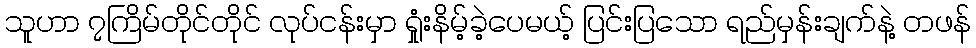
သူဟာ ၇ကြိမ်တိုင်တိုင် လုပ်ငန်းမှာ ရှုံးနိမ့်ခဲ့ပေမယ့် ပြင်းပြသော ရည်မှန်းချက်နဲ့ တဖန်